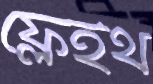
ফ্লেইথ